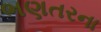
ભણતરના